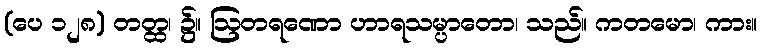
(ပေ ၁၂၈) တတ္ထ၊ ၌။ ဩတရဏော ဟာရသမ္ပာတော၊ သည်။ ကတမော၊ ကား။